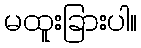
မထူးခြားပါ။